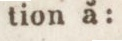
tion å: